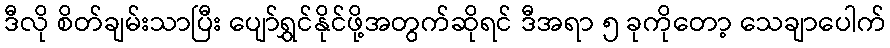
ဒီလို စိတ်ချမ်းသာပြီး ပျော်ရွှင်နိုင်ဖို့အတွက်ဆိုရင် ဒီအရာ ၅ ခုကိုတော့ သေချာပေါက်